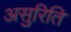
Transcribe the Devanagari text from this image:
असुरिति